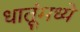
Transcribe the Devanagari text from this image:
धातूंमध्ये